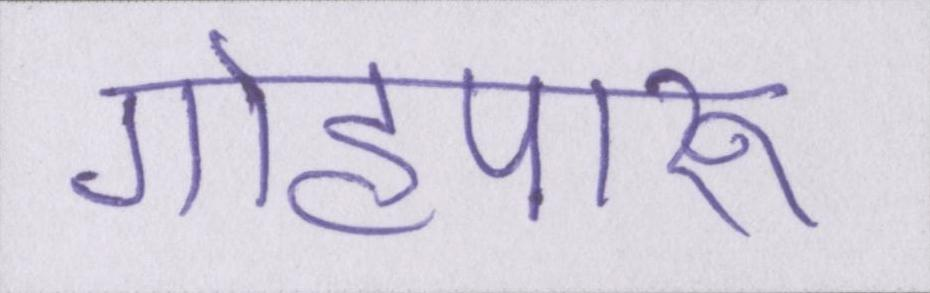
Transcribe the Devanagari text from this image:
गोहपारू